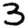
Digit: 3